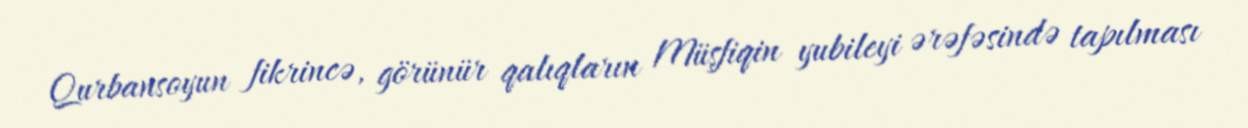
Qurbansoyun fikrincə, görünür qalıqların Müşfiqin yubileyi ərəfəsində tapılması